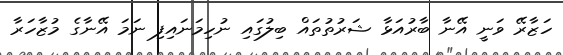
ހަޒާރޭ ވަނީ އޭނާ ބާރުއަޅާ ޝަރުތުތައް ބިލުގައި ނުހިމަނައިފި ނަމަ އޭނާގެ މުޒާހަރާ